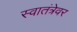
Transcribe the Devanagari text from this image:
स्वातंत्रेवर